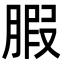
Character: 腵